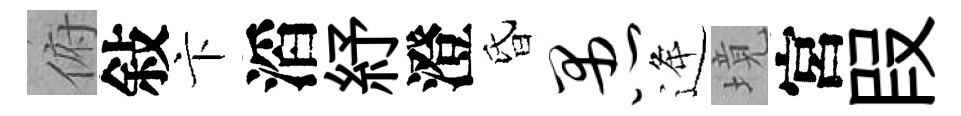
俯敍卞滔紓澄昏愚逄境宮叚